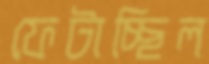
ফেটাচ্ছিল